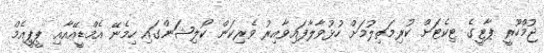
ޖުމްހޫރީ ޕާޓީގެ ޓިކެޓަށް ކުރިމަތިލުމަށް ހުޅުވާލާފައިވާއިރު ވެރިކަން ކޯލިޝަންގައި ހިމެނޭ އެމްޑީއޭއާއި ޕީޕީއެމް